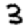
Digit: 3